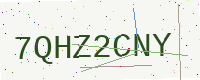
Text: 7QHZ2CNY